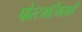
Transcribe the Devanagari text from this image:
पोस्टमॉर्टेमसाठी